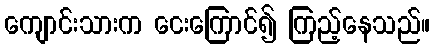
ကျောင်းသားက ငေးကြောင်၍ ကြည့်နေသည်။